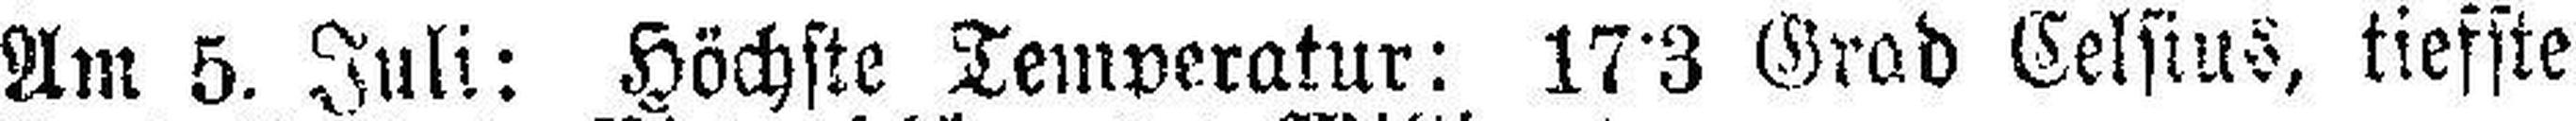
Am 5. Juli: Höchste Temperatur: 17°3 Grad Celsius, tiefste